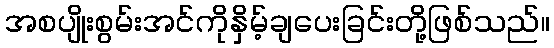
အစပျိုးစွမ်းအင်ကိုနှိမ့်ချပေးခြင်းတို့ဖြစ်သည်။